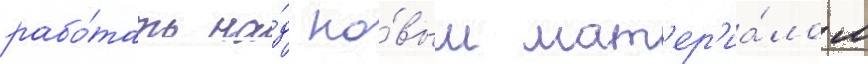
рабо́тать на́д но́вым мат'ер'иа́лом